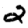
Digit: 2